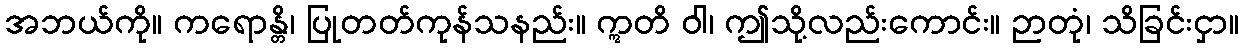
အဘယ်ကို။ ကရောန္တိ၊ ပြုတတ်ကုန်သနည်း။ ဣတိ ဝါ၊ ဤသို့လည်းကောင်း။ ဉာတုံ၊ သိခြင်းငှာ။